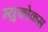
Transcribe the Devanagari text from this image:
म्युकोकस